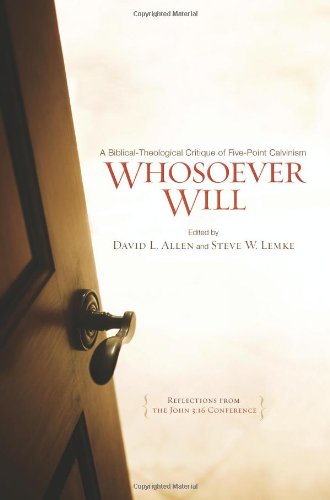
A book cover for Whosoever Will: A Biblical-Theological Critique of Five-Point Calvinism; Christian Books & Bibles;